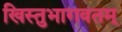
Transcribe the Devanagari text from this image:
खिस्तुभागवतम्